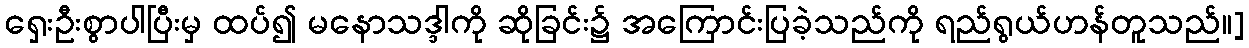
ရှေးဦးစွာပါပြီးမှ ထပ်၍ မနောသဒ္ဒါကို ဆိုခြင်း၌ အကြောင်းပြခဲ့သည်ကို ရည်ရွယ်ဟန်တူသည်။]